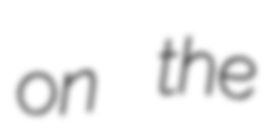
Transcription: on the